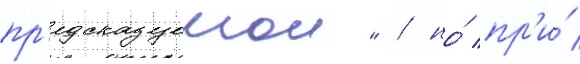
пр'едсказуемои" / но́ пр'и́